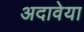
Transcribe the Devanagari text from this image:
अदावेया